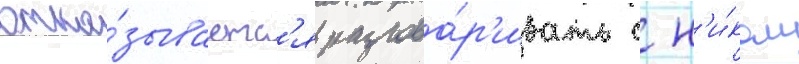
отка́зываетс'я разгова́р'ивать с н'и́ком